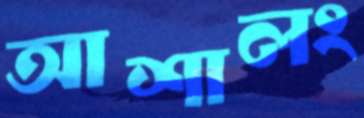
আশালং